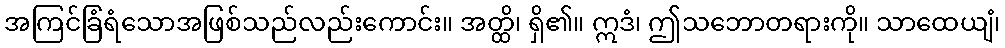
အကြင်ခြံရံသောအဖြစ်သည်လည်းကောင်း။ အတ္ထိ၊ ရှိ၏။ ဣဒံ၊ ဤသဘောတရားကို။ သာထေယျံ၊